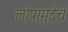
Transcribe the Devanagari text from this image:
लोपामुद्रेचें